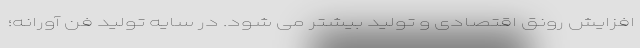
افزایش رونق اقتصادی و تولید بیشتر می شود. در سایه تولید فن آورانه؛